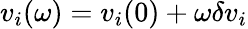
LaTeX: v_{i}(\omega)=v_{i}(0)+\omega\delta v_{i}